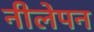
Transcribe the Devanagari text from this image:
नीलेपन